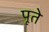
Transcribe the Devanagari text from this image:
पूते